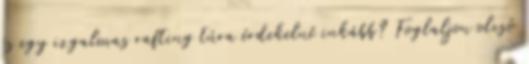
és egy izgalmas rafting túra érdekelné inkább? Foglaljon olcsó